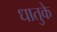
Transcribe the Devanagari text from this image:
धातुके